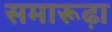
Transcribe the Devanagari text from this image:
समारूढ़ा